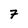
Character: 7